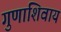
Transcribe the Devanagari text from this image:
गुणाशिवाय